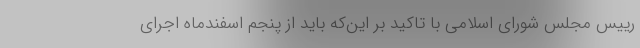
رییس مجلس شورای اسلامی با تاکید بر این‌که باید از پنجم اسفندماه اجرای